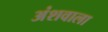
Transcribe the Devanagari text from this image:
अंशवाला